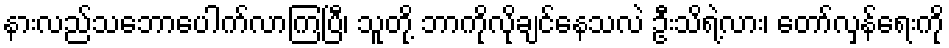
နားလည်သဘောပေါက်လာကြပြီ၊ သူတို့ ဘာကိုလိုချင်နေသလဲ ဦးသိရဲ့လား၊ တော်လှန်ရေးကို